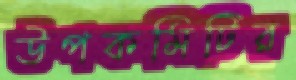
উপকমিটির